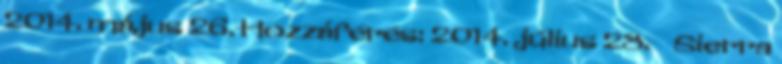
2014. május 26. Hozzáférés: 2014. július 28. ↑ Sierra